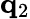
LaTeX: {\mathbf q}_{2}